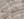
تحدثتم